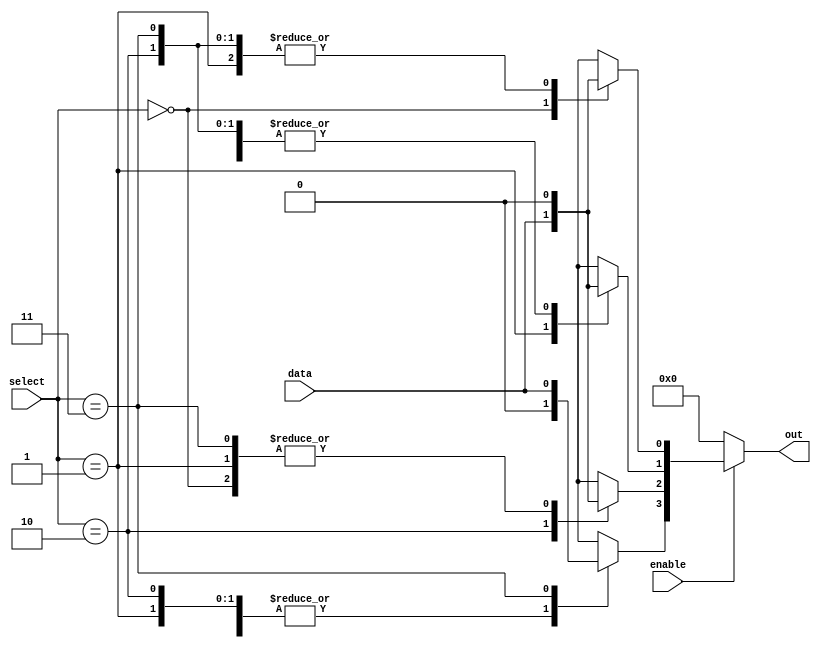
module parameterized_demux #(
    parameter N = 4  // Number of output lines (must be a power of 2)
) (
    input wire data,               // Single data input
    input wire [$clog2(N)-1:0] select, // Select input to choose the output line
    input wire enable,             // Enable signal
    output reg [N-1:0] out        // Output lines
);

    // Combinatorial logic for the demux
    always @(*) begin
        // Default all outputs to zero
        out = {N{1'b0}};
        
        // If enable is asserted, activate the selected output line
        if (enable) begin
            case (select)
                0: out[0] = data;
                1: out[1] = data;
                2: out[2] = data;
                3: out[3] = data;
                // Add more cases if N > 4
                // For example, if N = 8, you would continue:
                // 4: out[4] = data;
                // 5: out[5] = data;
                // 6: out[6] = data;
                // 7: out[7] = data;
                // ...
                default: out = {N{1'b0}}; // Default case to ensure safety
            endcase
        end
    end

endmodule